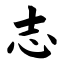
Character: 志